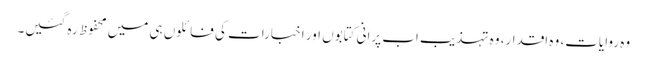
وہ روایات، وہ اقدار، وہ تہذیب اب پرانی کتابوں اور اخبارات کی فائلوں ہی میں محفوظ رہ گئیں۔